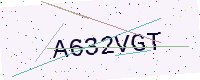
Text: A632VGT